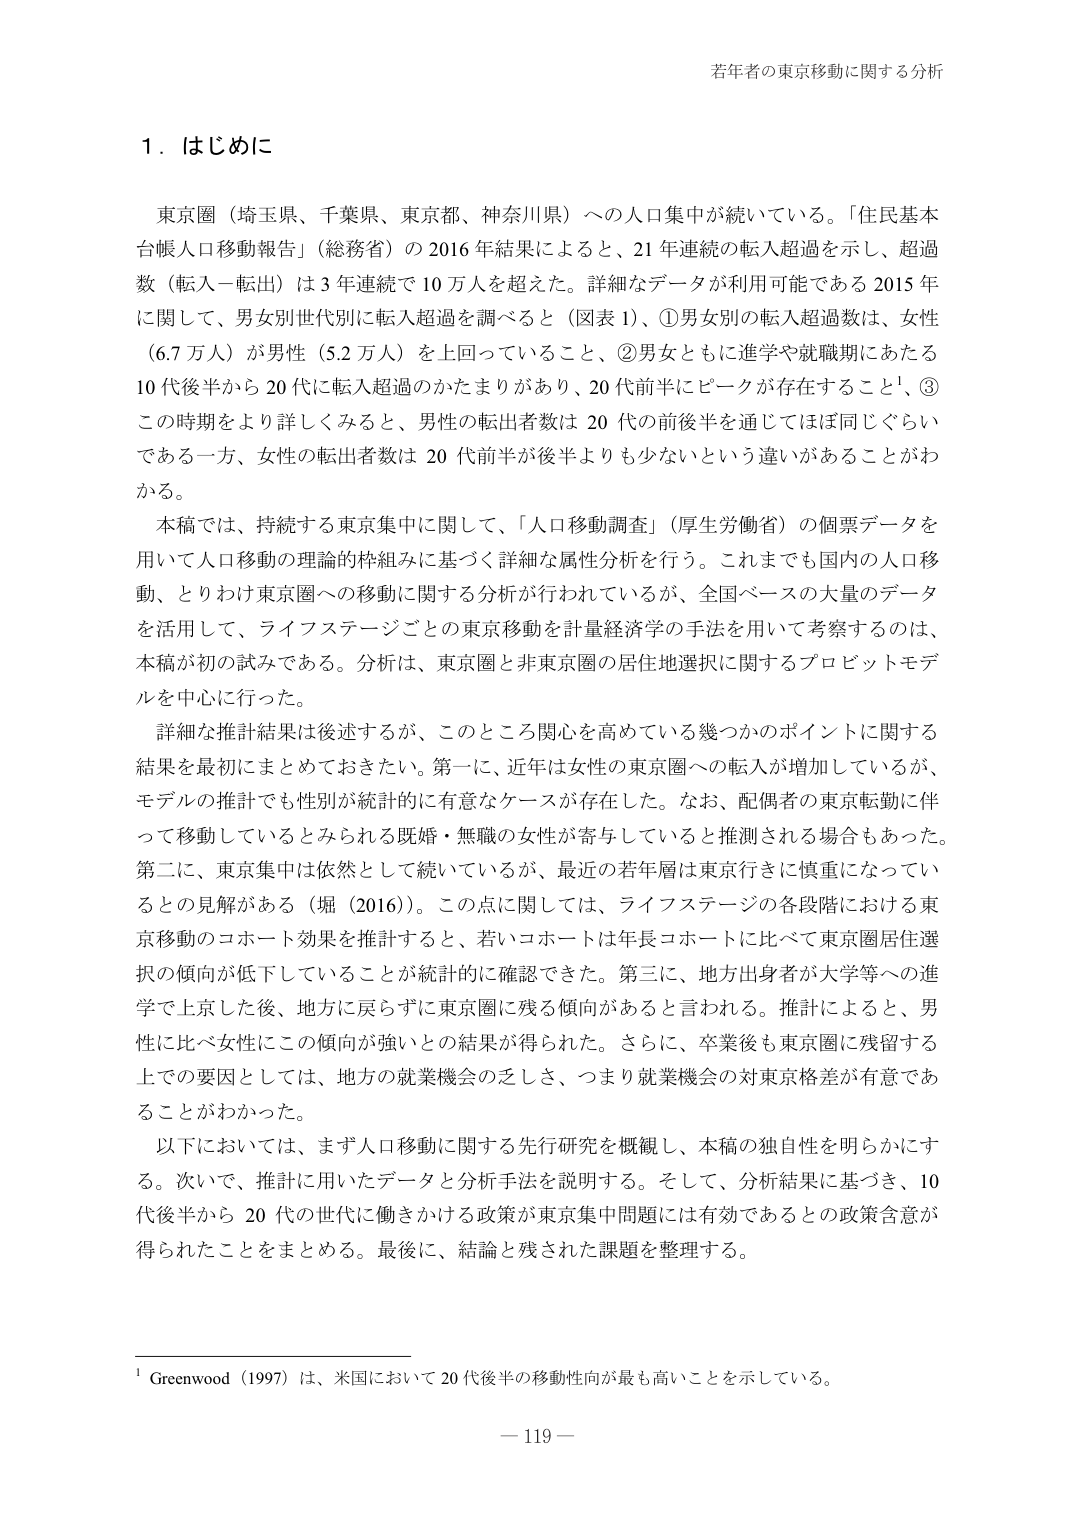
若年者の東京移動に関する分析

１．はじめに

東京圏（埼玉県、千葉県、東京都、神奈川県）への人口集中が続いている。「住民基本台帳人口移動報告」（総務省）の2016年結果によると、21年連続の転入超過を示し、超過数（転入－転出）は3年連続で10万人を超えた。詳細なデータが利用可能である2015年に関して、男女別世代別に転入超過を調べると（図表1）、①男女別の転入超過数は、女性（6.7万人）が男性（5.2万人）を上回っていること、②男女ともに進学や就職期にあたる10代後半から20代に転入超過のかたまりがあり、20代前半にピークが存在すること¹、③この時期をより詳しくみると、男性の転出者数は20代の前後半を通じてほぼ同じぐらいである一方、女性の転出者数は20代前半が後半よりも少ないという違いがあることがわかる。

本稿では、持続する東京集中に関して、「人口移動調査」（厚生労働省）の個票データを用いて人口移動の理論的枠組みに基づく詳細な属性分析を行う。これまでも国内の人口移動、とりわけ東京圏への移動に関する分析が行われているが、全国ベースの大量のデータを活用して、ライフステージごとの東京移動を計量経済学的手法を用いて考察するのは、本稿が初の試みである。分析は、東京圏と非東京圏の居住地選択に関するプロビットモデルを中心に行った。

詳細な推計結果は後述するが、このところ関心を高めている幾つかのポイントに関する結果を最初にまとめておきたい。第一に、近年は女性の東京圏への転入が増加しているが、モデルの推計でも性別が統計的に有意なケースが存在した。なお、配偶者の東京転勤に伴って移動しているとみられる既婚・無職の女性が寄与していると推測される場合もあった。第二に、東京集中は依然として続いているが、最近の若年層は東京行きに慎重になっているとの見解がある（堀（2016））。この点に関しては、ライフステージの各段階における東京移動のコホート効果を推計すると、若いコホートは年長コホートに比べて東京圏居住選択の傾向が低下していることが統計的に確認できた。第三に、地方出身者が大学等への進学で上京した後、地方に戻らずに東京圏に残る傾向があると言われる。推計によると、男性に比べ女性にこの傾向が強いとの結果が得られた。さらに、卒業後も東京圏に残留する上での要因としては、地方の就業機会の乏しさ、つまり就業機会の対東京格差が有意であることがわかった。

以下においては、まず人口移動に関する先行研究を概観し、本稿の独自性を明らかにする。次いで、推計に用いたデータと分析手法を説明する。そして、分析結果に基づき、10代後半から20代の世代に働きかける政策が東京集中問題には有効であるとの政策含意が得られたことをまとめる。最後に、結論と残された課題を整理する。

¹ Greenwood（1997）は、米国において20代後半の移動性向が最も高いことを示している。

－ 119 －